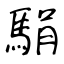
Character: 駽